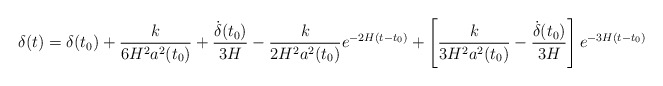
\begin{align*}\delta(t)=\delta(t_0)+\frac{k}{6H^2a^2(t_0)}+\frac{\dot{\delta}(t_0)}{3H}-\frac{k}{2H^2a^2(t_0)}e^{-2H(t-t_0)}+\left[\frac{k}{3H^2a^2(t_0)}-\frac{\dot{\delta}(t_0)}{3H}\right]e^{-3H(t-t_0)}\end{align*}